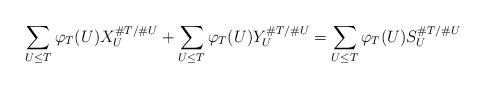
LaTeX: \begin{align*}\sum_{U \leq T} \varphi_T(U) X_U^{\# T / \#U} + \sum_{U \leq T} \varphi_T(U) Y_U^{\# T / \#U} = \sum_{U \leq T} \varphi_T(U) S_U^{\# T / \#U} \end{align*}